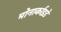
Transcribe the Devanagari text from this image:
मोनार्काइडे